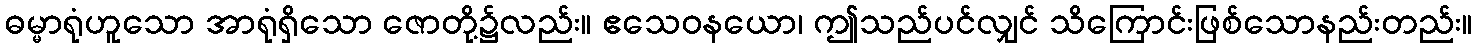
ဓမ္မာရုံဟူသော အာရုံရှိသော ဇောတို့၌လည်း။ ဧသေဝနယော၊ ဤသည်ပင်လျှင် သိကြောင်းဖြစ်သောနည်းတည်း။